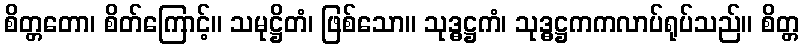
စိတ္တတော၊ စိတ်ကြောင့်။ သမုဋ္ဌိတံ၊ ဖြစ်သော။ သုဒ္ဓဋ္ဌကံ၊ သုဒ္ဓဋ္ဌကကလာပ်ရုပ်သည်။ စိတ္တ